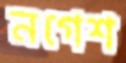
নগেশ